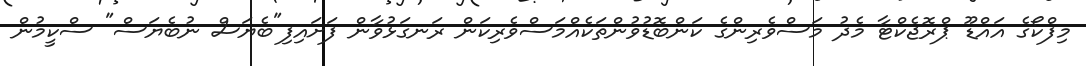
މިފްކޯގެ އައްޑޫ ޕްރޮޖެކްޓާ މެދު މަސްވެރިންގެ ކަންބޮޑުވުންތަކެއްމަސްވެރިކަން ރަނގަޅުވާން ފަށައިފި"ބެޔަސް ނުބެޔަސް" ސްކީމުން